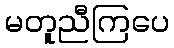
မတူညီကြပေ